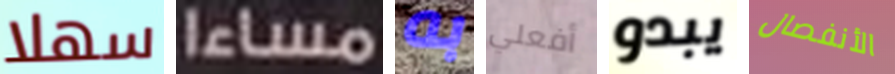
سهلا مساءا به أفعلي يبدو الأنفصال